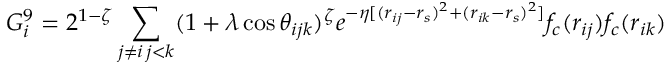
G _ { i } ^ { 9 } = 2 ^ { 1 - \zeta } \sum _ { \substack { j \neq i \, j < k } } ( 1 + \lambda \cos \theta _ { i j k } ) ^ { \zeta } e ^ { - \eta [ ( r _ { i j } - r _ { s } ) ^ { 2 } + ( r _ { i k } - r _ { s } ) ^ { 2 } ] } f _ { c } ( r _ { i j } ) f _ { c } ( r _ { i k } )